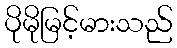
ပိုမိုမြင့်မားသည်